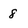
Character: 8